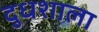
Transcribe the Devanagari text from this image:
दुधशाला